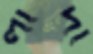
লাদা